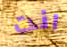
انت